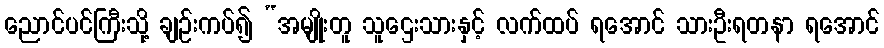
ညောင်ပင်ကြီးသို့ ချဉ်းကပ်၍ “အမျိုးတူ သူဌေးသားနှင့် လက်ထပ် ရအောင် သားဦးရတနာ ရအောင်